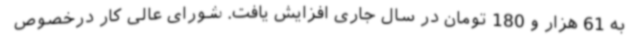
به 61 هزار و 180 تومان در سال جاری افزایش یافت. شورای عالی کار درخصوص